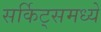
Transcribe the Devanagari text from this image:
सर्किट्समध्ये